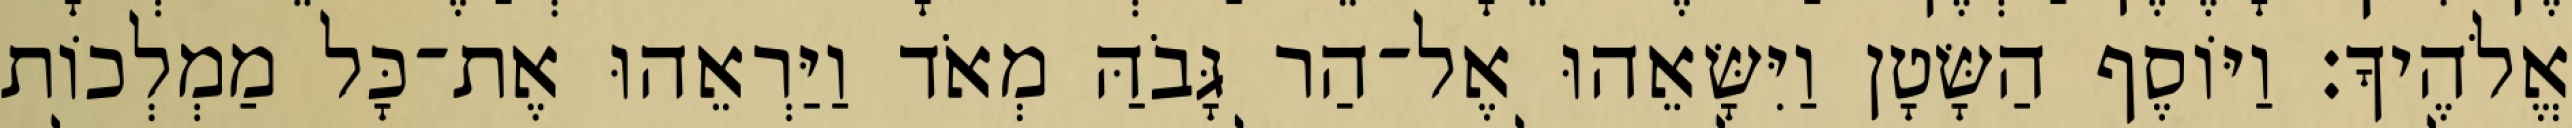
אֱלֹהֶיךָ׃ וַיּוֹסֶף הַשָּׂטָן וַיִּשָּׂאֵהוּ אֶל־הַר גָּבֹהַּ מְאֹד וַיַּרְאֵהוּ אֶת־כָּל מַמְלְכוֹת